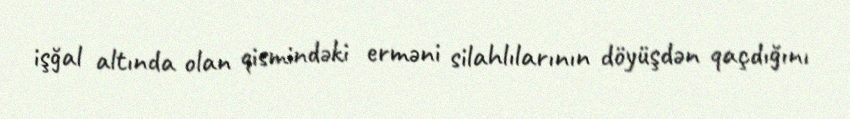
işğal altında olan qismindəki erməni silahlılarının döyüşdən qaçdığını